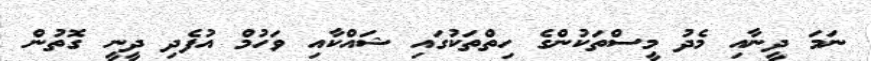
ނަމަ ދީނާއި މެދު މީސްތަކުންގެ ހިތްތަކުގައި ޝައްކާއި ވަހުމް އުފެދި ދީނީ ގޮތުން